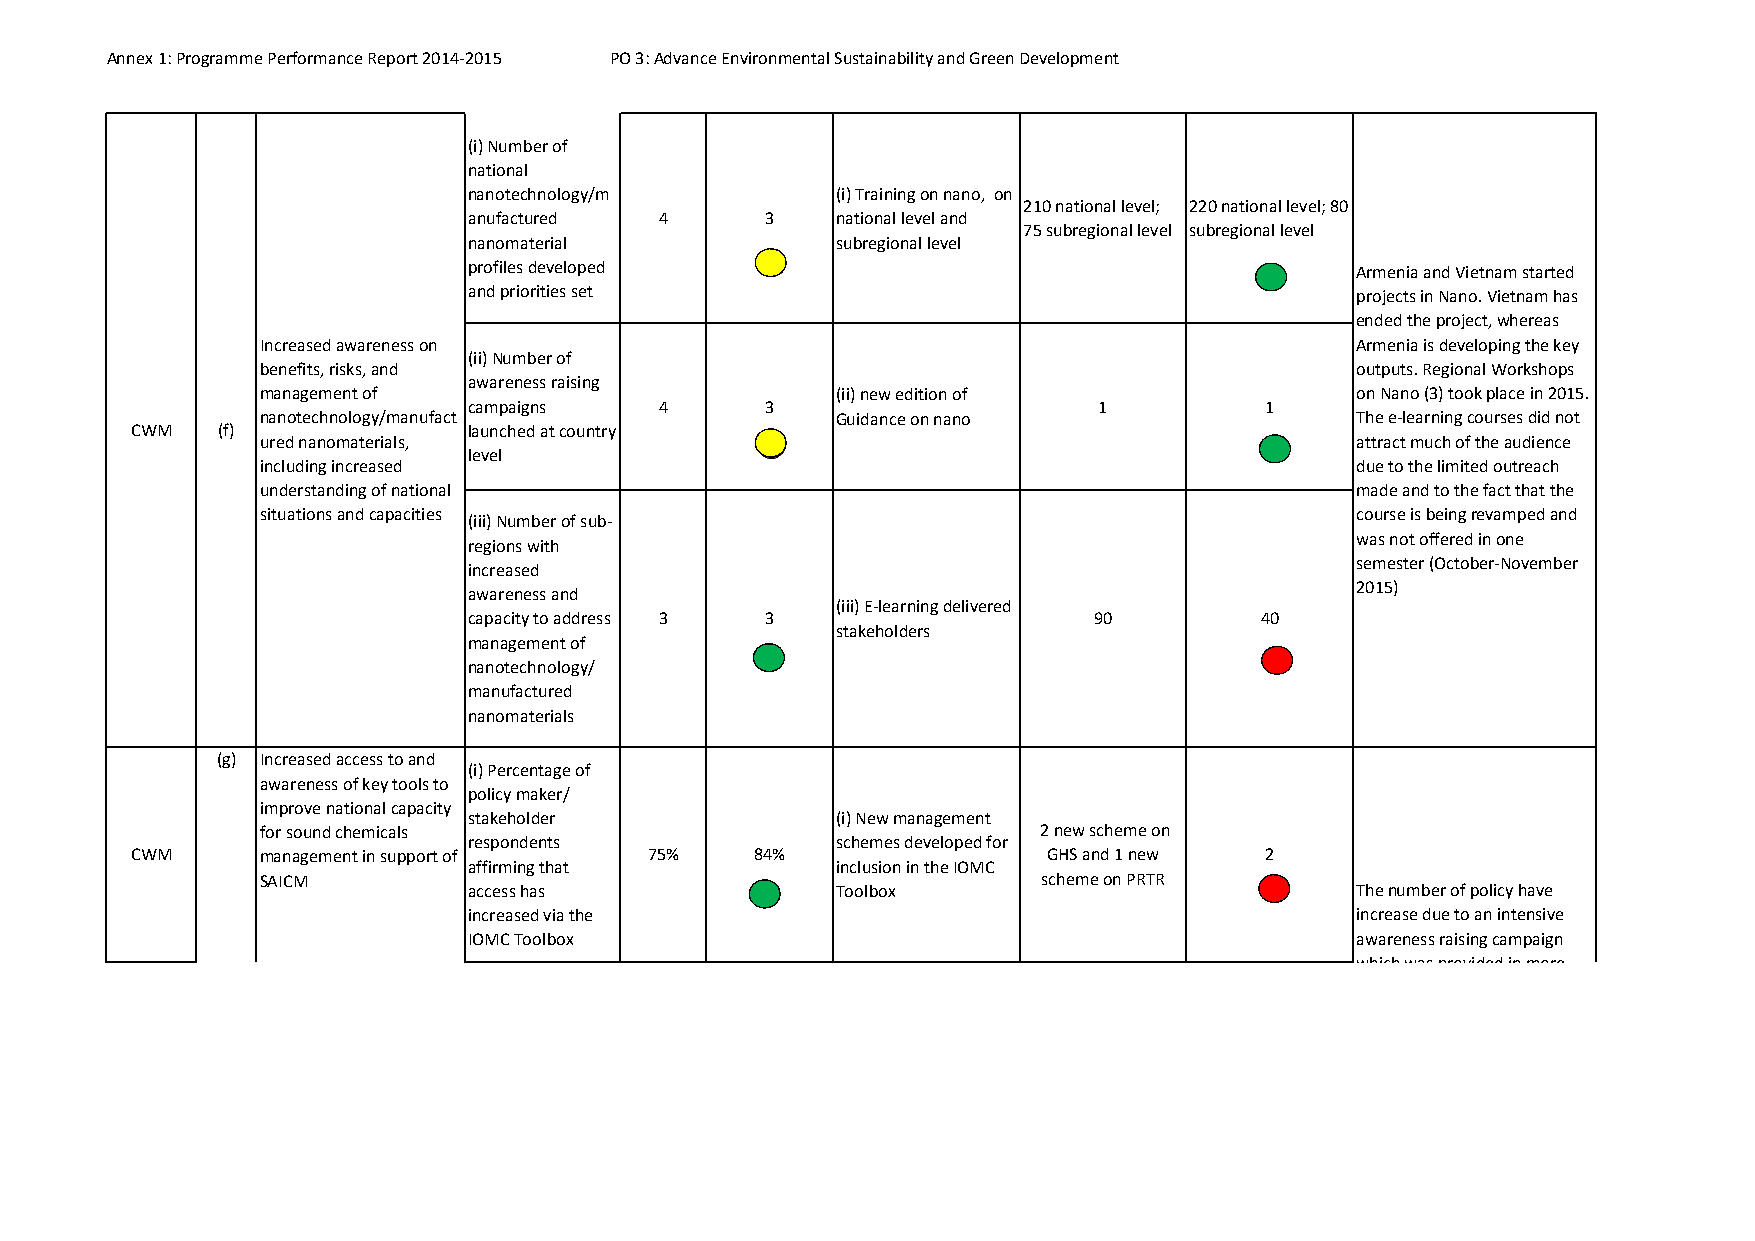
Annex 1: Programme Performance Report 2014‐2015 PO 3: Advance Environmental Sustainability and Green Development
 (i) Number of
 national
 nanotechnology/m        (i) Training on nano, on
 210 national level; 220 national level; 80
 anufactured  4      3   national level and
 75 subregional level subregional level
 nanomaterial            subregional level
 profiles developed                                         Armenia and Vietnam started
 and priorities set                                         projects in Nano. Vietnam has
 ended the project, whereas
 Increased awareness on                                                   Armenia is developing the key
 (ii) Number of
 benefits, risks, and                                                     outputs. Regional Workshops
 awareness raising
 management of                         (ii) new edition of                on Nano (3) took place in 2015.
 campaigns    4      3                     1          1
 nanotechnology/manufact               Guidance on nano                   The e‐learning courses did not
 CWM  (f)              launched at country
 ured nanomaterials,                                                      attract much of the audience
 level
 including increased                                                      due to the limited outreach
 understanding of national                                                made and to the fact that the
 situations and capacities                                                course is being revamped and
 (iii) Number of sub‐
 was not offered in one
 regions with
 semester (October‐November
 increased
 2015)
 awareness and
 (iii) E‐learning delivered
 capacity to address 3 3                  90         40
 stakeholders
 management of
 nanotechnology/
 manufactured
 nanomaterials
 (g) Increased access to and
 (i) Percentage of
 awareness of key tools to
 policy maker/
 improve national capacity
 stakeholder             (i) New management
 for sound chemicals                                 2 new scheme on
 respondents             schemes developed for
 CWM     management in support of  75%    84%                GHS and 1 new  2
 affirming that          inclusion in the IOMC
 SAICM                                               scheme on PRTR
 access has              Toolbox                            The number of policy have
 increased via the                                          increase due to an intensive
 IOMC Toolbox                                               awareness raising campaign
 whichwasprovidedinmore